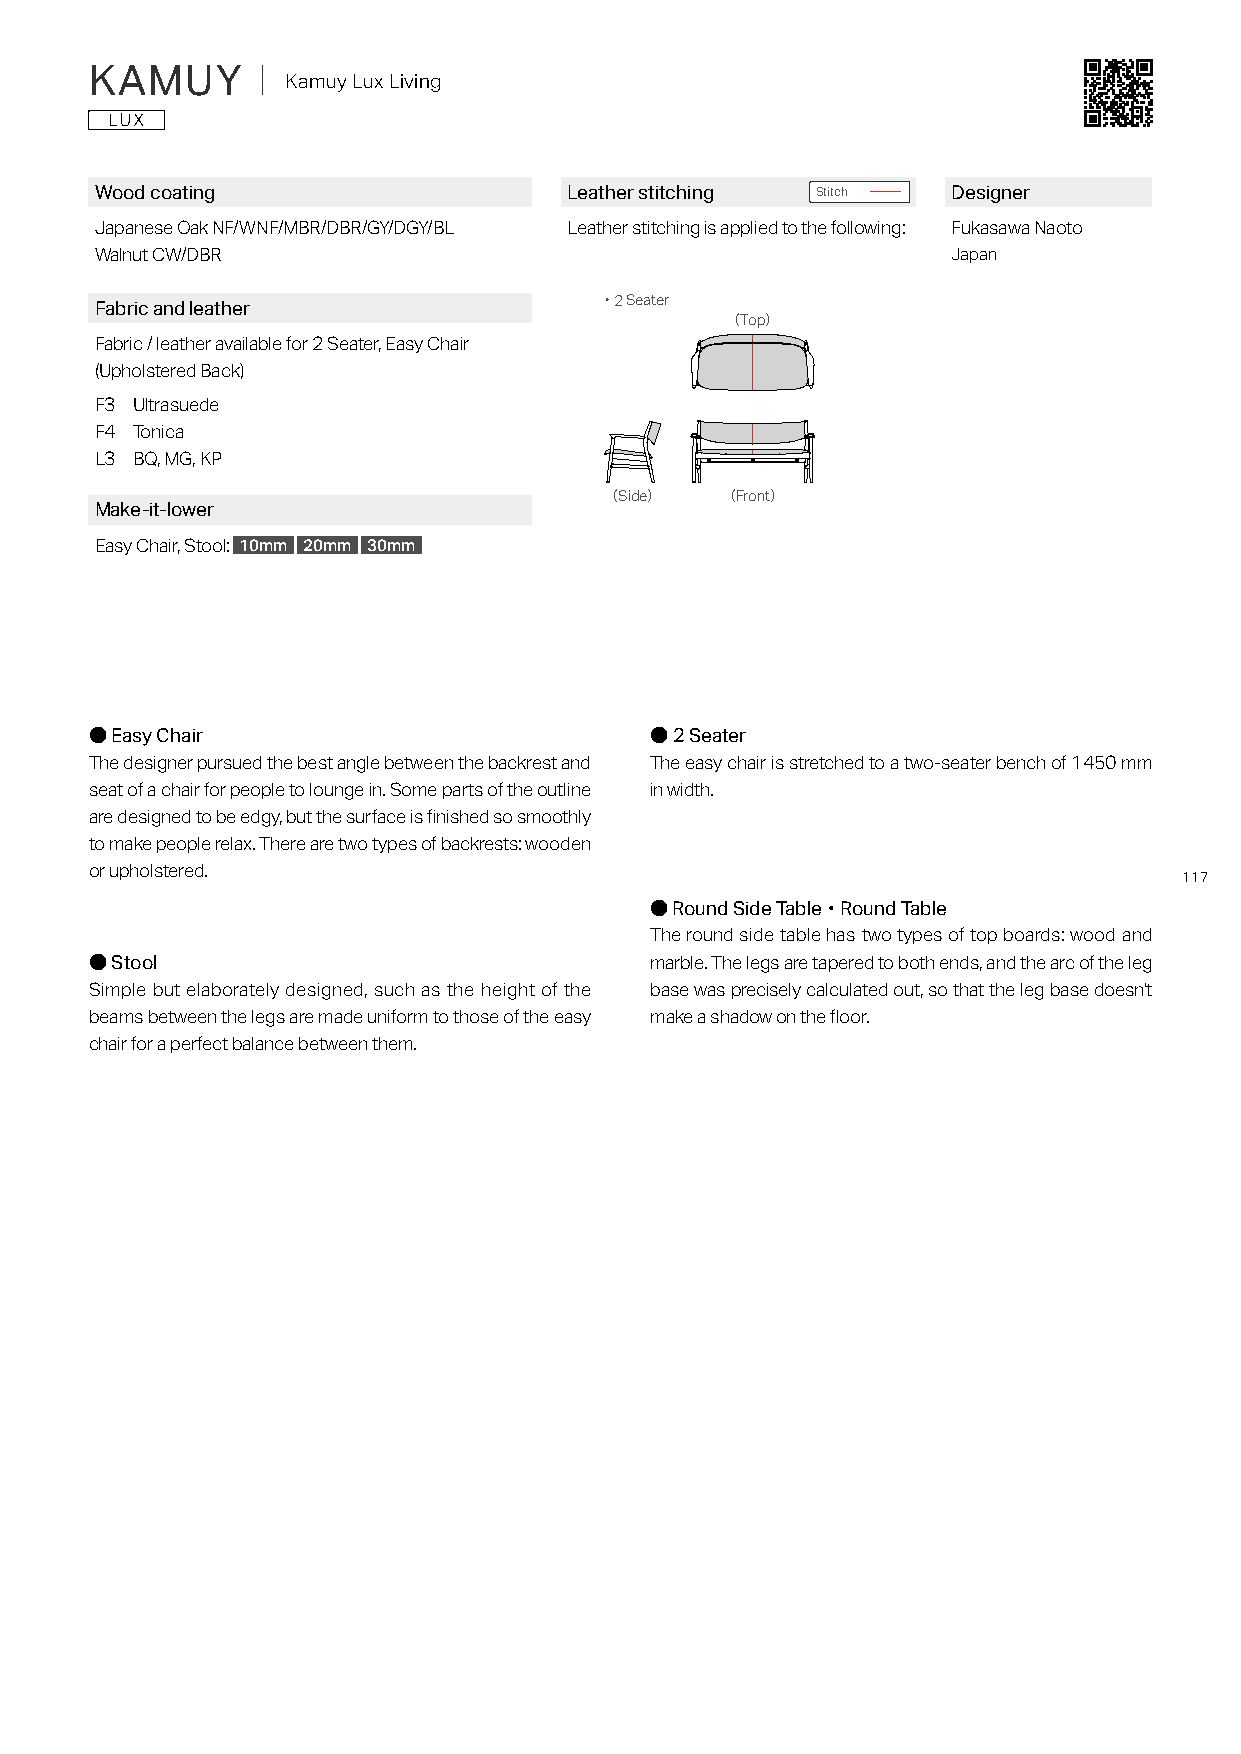
KAMUY      ｜ Kamuy Lux Living
 Wood coating                    Leather stitching Stitch Designer
 Japanese Oak NF/WNF/MBR/DBR/GY/DGY/BL Leather stitching is applied to the following: Fukasawa Naoto
 Walnut CW/DBR                                            Japan
 Fabric and leather
 ・2 Seater
 （Top）
 Fabric / leather available for 2 Seater, Easy Chair
 (Upholstered Back)
 F3 Ultrasuede
 F4 Tonica
 L3 BQ, MG, KP
 （Side）  （Front）
 Make-it-lower
 Easy Chair, Stool: 10mm 20mm 30mm
 ● Easy Chair                         ● 2 Seater
 The designer pursued the best angle between the backrest and The easy chair is stretched to a two-seater bench of 1450 mm
 seat of a chair for people to lounge in. Some parts of the outline in width.
 are designed to be edgy, but the surface is finished so smoothly
 to make people relax. There are two types of backrests: wooden
 or upholstered.                                                         117
 ● Round Side Table・Round Table
 The round side table has two types of top boards: wood and
 ● Stool                              marble. The legs are tapered to both ends, and the arc of the leg
 Simple but elaborately designed, such as the height of the base was precisely calculated out, so that the leg base doesn't
 beams between the legs are made uniform to those of the easy make a shadow on the floor.
 chair for a perfect balance between them.